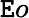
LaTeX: \mathtt{E}o